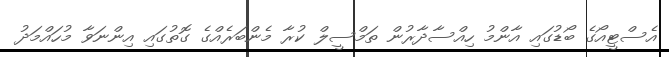
އެސްޓީއޯގެ ބޯޑުގައި އާންމު ހިއްސާދާރުން ތަމްސީލް ކުރާ މެންބަރެއްގެ ގޮތުގައި އިންނަވާ މުހައްމަދު